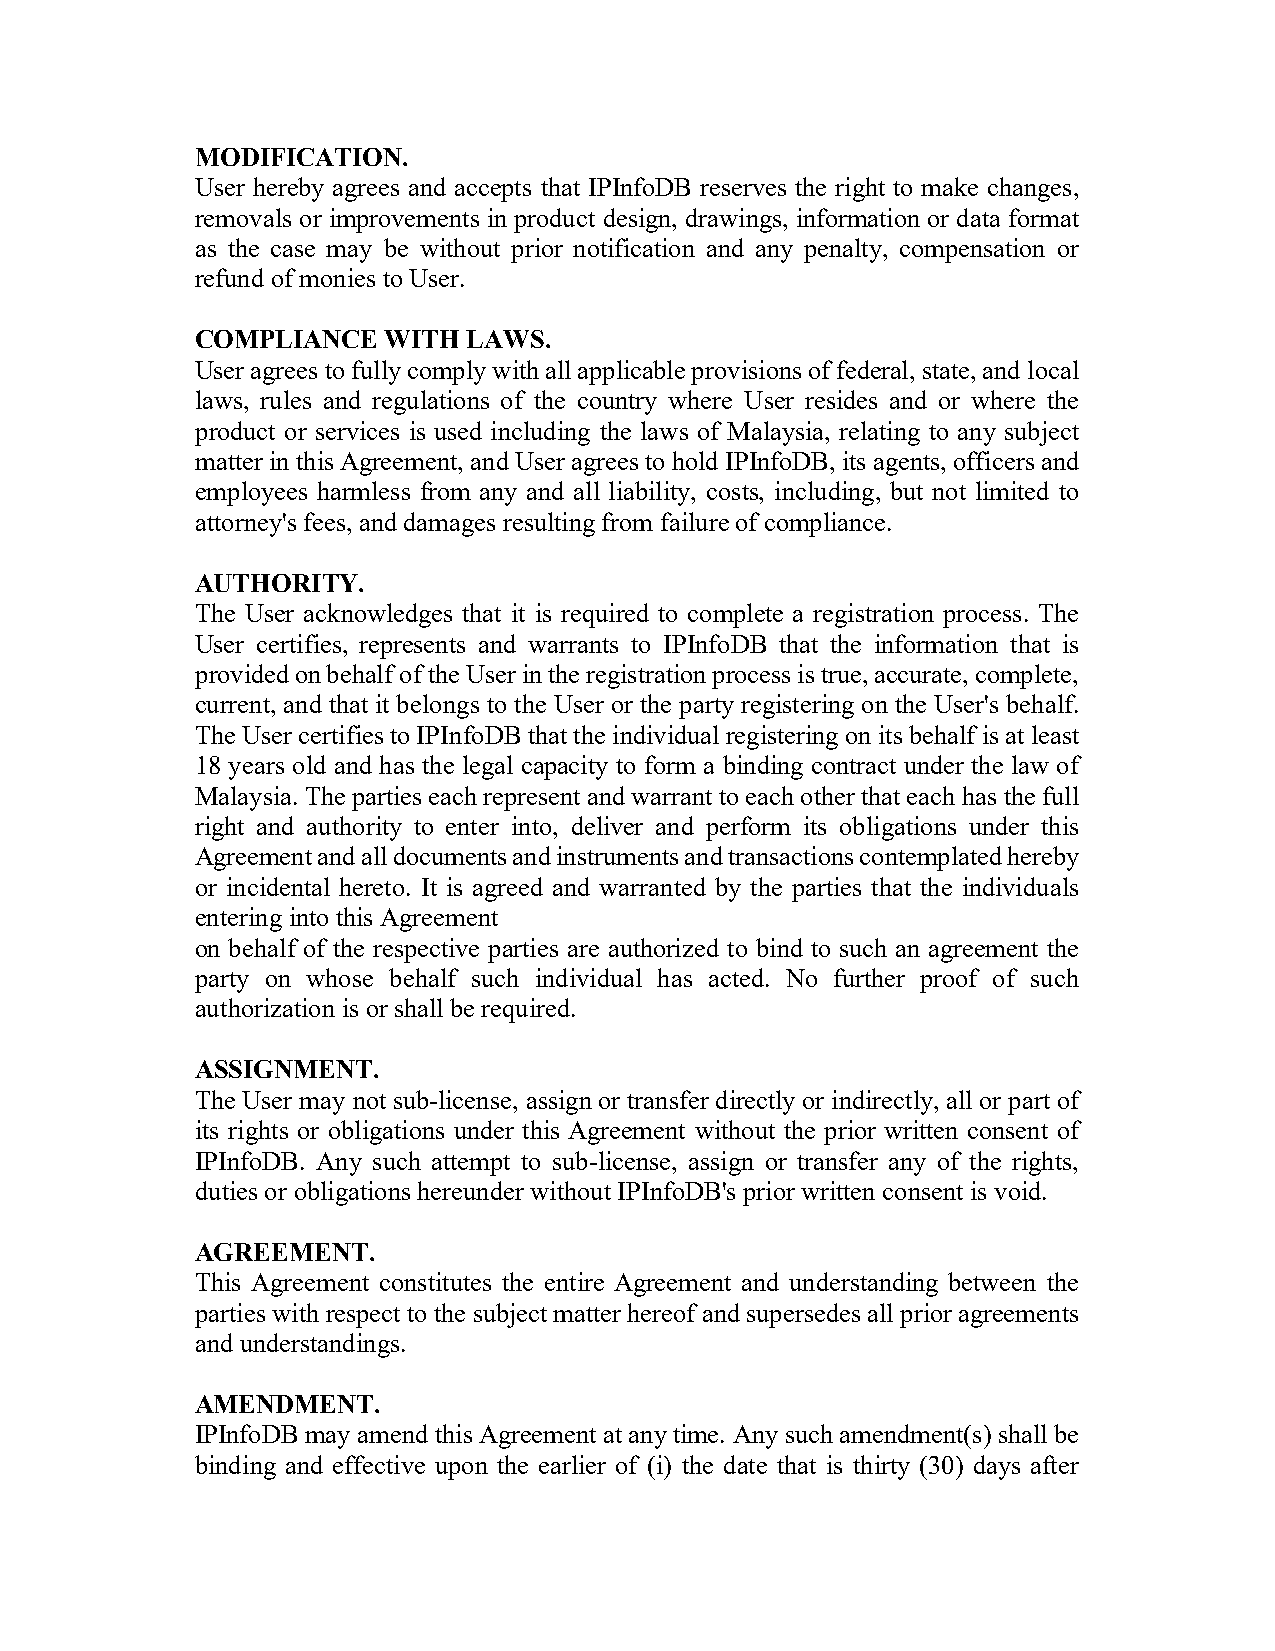
MODIFICATION.
 User hereby agrees and accepts that IPInfoDB reserves the right to make changes,
 removals or improvements in product design, drawings, information or data format
 as the case may be without prior notification and any penalty, compensation or
 refund of monies to User.
 COMPLIANCE   WITH LAWS.
 User agrees to fully comply with all applicable provisions of federal, state, and local
 laws, rules and regulations of the country where User resides and or where the
 product or services is used including the laws of Malaysia, relating to any subject
 matter in this Agreement, and User agrees to hold IPInfoDB, its agents, officers and
 employees harmless from any and all liability, costs, including, but not limited to
 attorney's fees, and damages resulting from failure of compliance.
 AUTHORITY.
 The User acknowledges that it is required to complete a registration process. The
 User certifies, represents and warrants to IPInfoDB that the information that is
 provided on behalf of the User in the registration process is true, accurate, complete,
 current, and that it belongs to the User or the party registering on the User's behalf.
 The User certifies to IPInfoDB that the individual registering on its behalf is at least
 18 years old and has the legal capacity to form a binding contract under the law of
 Malaysia. The parties each represent and warrant to each other that each has the full
 right and authority to enter into, deliver and perform its obligations under this
 Agreement and all documents and instruments and transactions contemplated hereby
 or incidental hereto. It is agreed and warranted by the parties that the individuals
 entering into this Agreement
 on behalf of the respective parties are authorized to bind to such an agreement the
 party on whose behalf such individual has acted. No further proof of such
 authorization is or shall be required.
 ASSIGNMENT.
 The User may not sub-license, assign or transfer directly or indirectly, all or part of
 its rights or obligations under this Agreement without the prior written consent of
 IPInfoDB. Any such attempt to sub-license, assign or transfer any of the rights,
 duties or obligations hereunder without IPInfoDB's prior written consent is void.
 AGREEMENT.
 This Agreement constitutes the entire Agreement and understanding between the
 parties with respect to the subject matter hereof and supersedes all prior agreements
 and understandings.
 AMENDMENT.
 IPInfoDB may amend this Agreement at any time. Any such amendment(s) shall be
 binding and effective upon the earlier of (i) the date that is thirty (30) days after